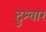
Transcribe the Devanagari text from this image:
दुश्‍वार